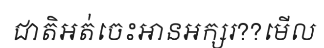
ជាតិអត់ចេះអានអក្សរ??មើល